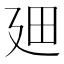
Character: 𪪮